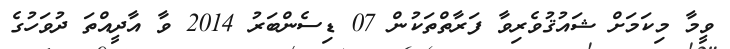
ވީމާ މިކަމަށް ޝައުޤުވެރިވާ ފަރާތްތަކުން 07 ޑިސެންބަރު 2014 ވާ އާދީއްތަ ދުވަހުގެ